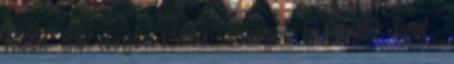
Néked: csak annyira szeress, amennyire én szeretlek Téged "